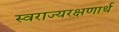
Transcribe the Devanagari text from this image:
स्वराज्यरक्षणार्थ